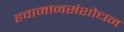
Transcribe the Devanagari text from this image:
हवामानसंशोधन